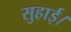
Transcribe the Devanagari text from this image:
सुहाई।